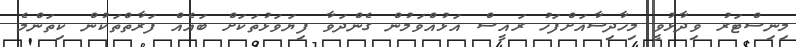
މިނިސްޓަރު ވިދާޅުވީ މިހާދިސާއަށްފަހު ރައީސް އަޅުއްވަމުން ގެންދަވާ ފިޔަވަޅުތަކަށް ބައެއް ފަރާތްތަކުން ކިތަންމެ